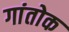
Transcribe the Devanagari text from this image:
गांतोक